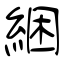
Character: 綑